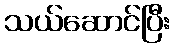
သယ်ဆောင်ပြီး